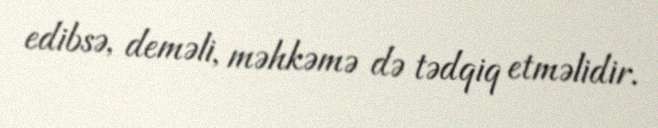
edibsə, deməli, məhkəmə də tədqiq etməlidir.